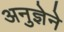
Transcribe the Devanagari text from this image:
अनुज्ञेने